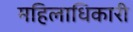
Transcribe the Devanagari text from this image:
महिलाधिकारी